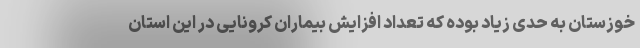
خوزستان به حدی زیاد بوده که تعداد افزایش بیماران کرونایی در این استان